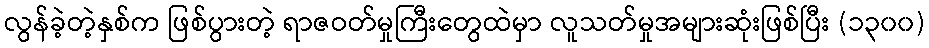
လွန်ခဲ့တဲ့နှစ်က ဖြစ်ပွားတဲ့ ရာဇဝတ်မှုကြီးတွေထဲမှာ လူသတ်မှုအများဆုံးဖြစ်ပြီး (၁၃၀၀)